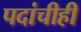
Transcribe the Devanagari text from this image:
पदांचीही